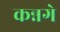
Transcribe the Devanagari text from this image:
कन्नगे